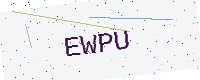
Text: EWPU